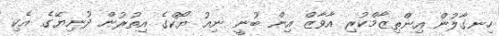
ހިނގާލުން އިންތިޒާމްކުރި އާވާޒް އިން ބުނީ ނިއު ޔޯކްގެ އިތުރުން ދުނިޔޭގެ އެކި